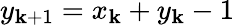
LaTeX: y_{\mathbf{k}+1}=x_{\mathbf{k}}+y_{\mathbf{k}}-1